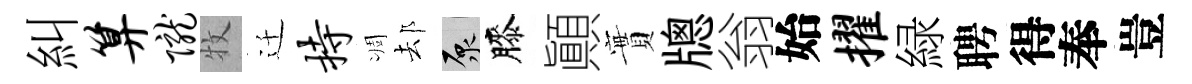
糾算陇牧迁持凋𨚫原膝顚實牕翁始擢緑聘得奉豈